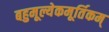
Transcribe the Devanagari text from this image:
बहुमूल्येकमूर्तिकम्‌